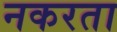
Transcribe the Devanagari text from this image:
नकरता